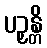
ပဉှန္တိ